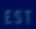
EST